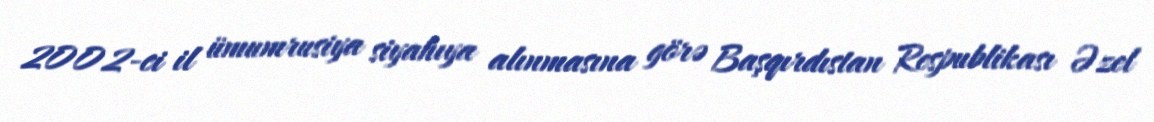
2002-ci il ümumrusiya siyahıya alınmasına görə Başqırdıstan Respublikası Əzel